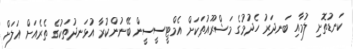
ކަނޑުތޮށި ލުމާއި ބަނދަރު ހެދުމުގެ މަޝްރޫއުތަކަށް އެމްޓީސީސީން ބޭނުންކުރާ އުޅަނދުތަކުގެ ތެރެއަށް އަލަށް